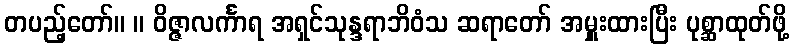
တပည့်တော်။ ။ ဝိဇ္ဇာလင်္ကာရ အရှင်သုန္ဒရာဘိဝံသ ဆရာတော် အမှူးထားပြီး ပုစ္ဆာထုတ်ဖို့